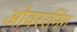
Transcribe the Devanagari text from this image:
ओवररनिंग